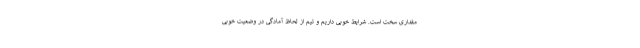
مقداری سخت است. شرایط خوبی داریم و تیم از لحاظ آمادگی در وضعیت خوبی